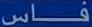
فساس